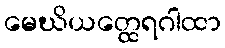
မေဃိယတ္ထေရဂါထာ